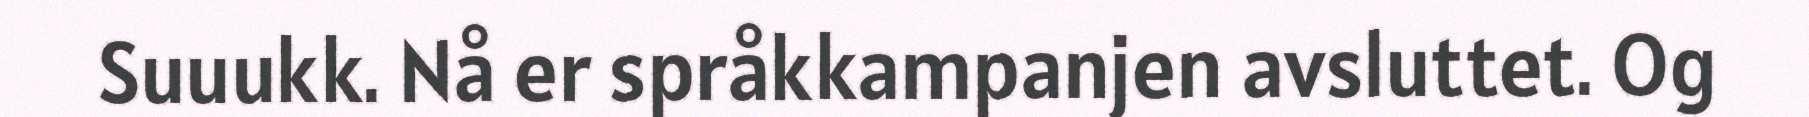
Suuukk. Nå er språkkampanjen avsluttet. Og